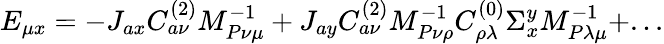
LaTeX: E_{\mu x}=-J_{ax}C_{a\nu}^{(2)}M_{P\nu\mu}^{-1}+J_{ay}C_{a\nu}^{(2)}M_{P\nu\rho}^{-1}C_{\rho\lambda}^{(0)}\Sigma_{x}^{y}M_{P\lambda\mu}^{-1}+...